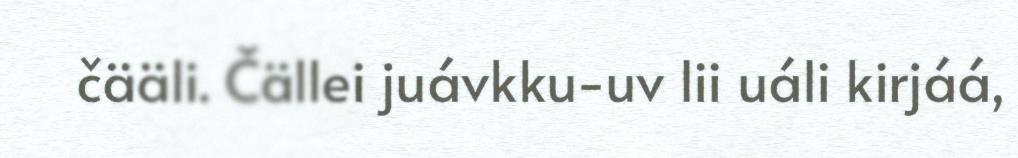
čääli. Čällei juávkku-uv lii uáli kirjáá,